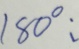
1 8 0 ^ { \circ } :